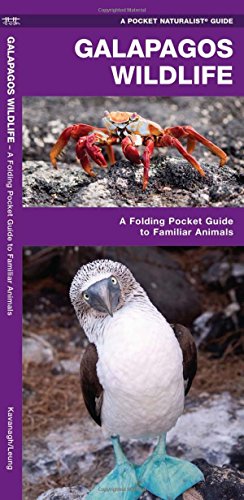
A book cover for Galapagos Wildlife: A Folding Pocket Guide to Familiar Animals (Pocket Naturalist Guide Series); James Kavanagh; Science & Math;